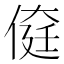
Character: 𠋽